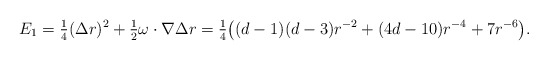
\begin{align*}E_1 = \tfrac{1}{4} (\Delta r)^2 + \tfrac{1}{2}\omega\cdot \nabla \Delta r = \tfrac{1}{4}\big((d-1)(d-3)r^{-2} +(4d-10)r^{-4} + 7r^{-6}\big).\end{align*}